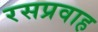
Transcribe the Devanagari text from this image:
रसप्रवाह